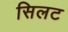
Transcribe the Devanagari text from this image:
सिलट